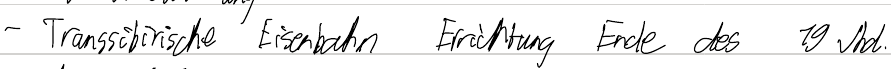
- Transsibirische Eisenbahn Errichtung Ende des 19 Jhd.